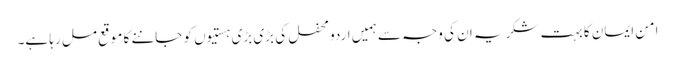
امن ایمان کا بہت شکریہ ان کی وجہ سے ہمیں اردو محفل کی بڑی بڑی ہستیوں کو جاننے کا موقع مل رہا ہے۔